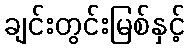
ချင်းတွင်းမြစ်နှင့်